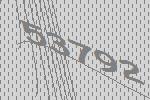
53792